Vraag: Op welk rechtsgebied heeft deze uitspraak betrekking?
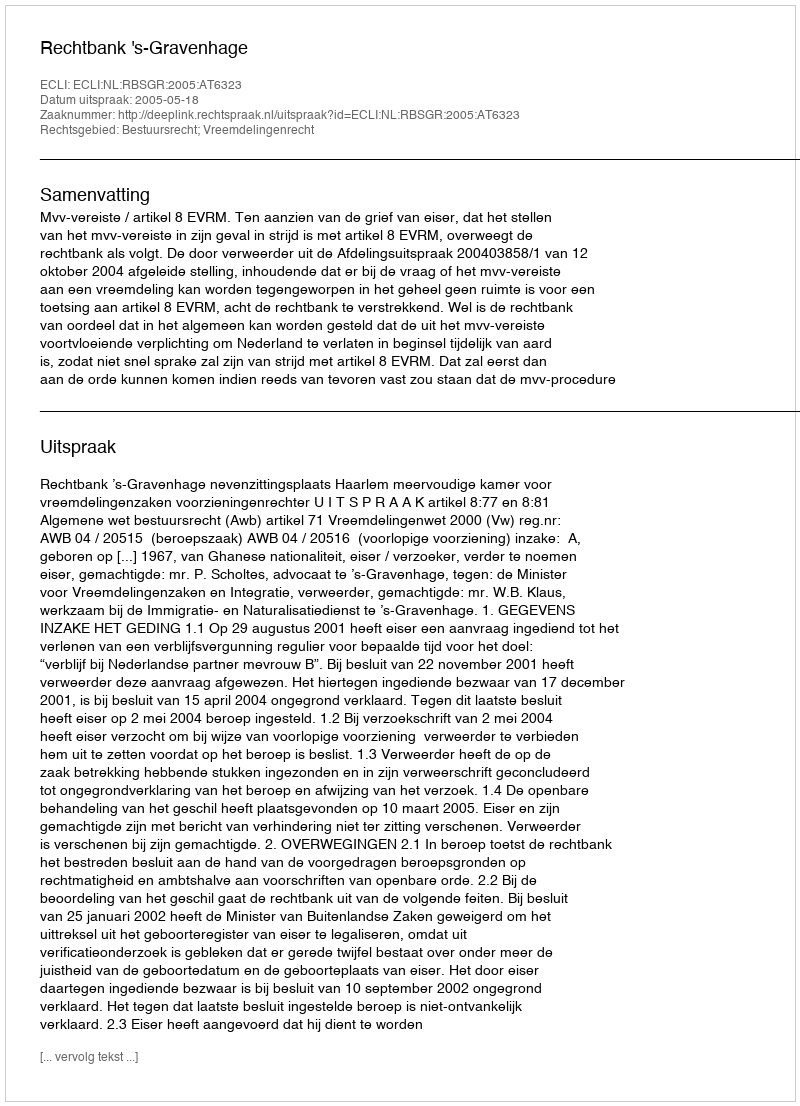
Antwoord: Bestuursrecht; Vreemdelingenrecht